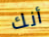
أنك